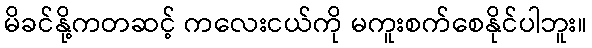
မိခင်နို့ကတဆင့် ကလေးငယ်ကို မကူးစက်စေနိုင်ပါဘူး။